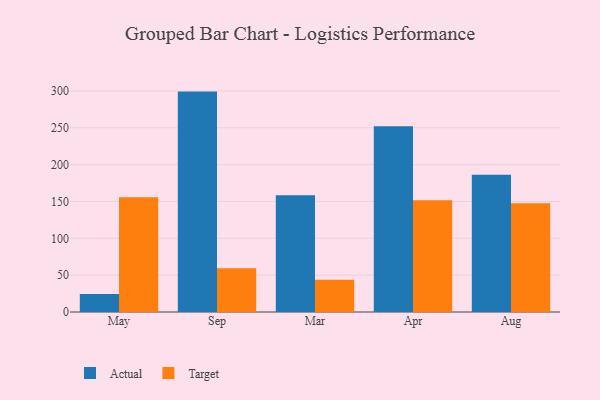
{"axis": {"x": "Month", "y": "Shipments"}, "legend": ["Actual", "Target"], "data": [{"x": "May", "y": 24.3, "type": "Actual"}, {"x": "May", "y": 155.8, "type": "Target"}, {"x": "Sep", "y": 299.1, "type": "Actual"}, {"x": "Sep", "y": 59.5, "type": "Target"}, {"x": "Mar", "y": 158.6, "type": "Actual"}, {"x": "Mar", "y": 43.8, "type": "Target"}, {"x": "Apr", "y": 252.0, "type": "Actual"}, {"x": "Apr", "y": 151.7, "type": "Target"}, {"x": "Aug", "y": 186.1, "type": "Actual"}, {"x": "Aug", "y": 147.7, "type": "Target"}]}